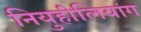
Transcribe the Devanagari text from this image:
नियुहीलियांग